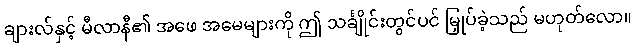
ချားလ်နှင့် မီလာနီ၏ အဖေ အမေများကို ဤ သင်္ချိုင်းတွင်ပင် မြှုပ်ခဲ့သည် မဟုတ်လော။